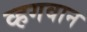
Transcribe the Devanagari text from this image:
व्हगवान